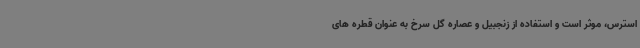
استرس، موثر است و استفاده از زنجبیل و عصاره گل سرخ به عنوان قطره های